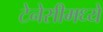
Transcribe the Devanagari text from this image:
टेनेसीमध्ये